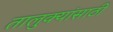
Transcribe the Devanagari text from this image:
तालुक्यांसाठी